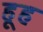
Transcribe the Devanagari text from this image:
हूह